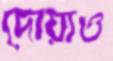
দোয়াও